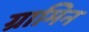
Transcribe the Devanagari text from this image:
ग्रामिन